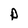
Character: P